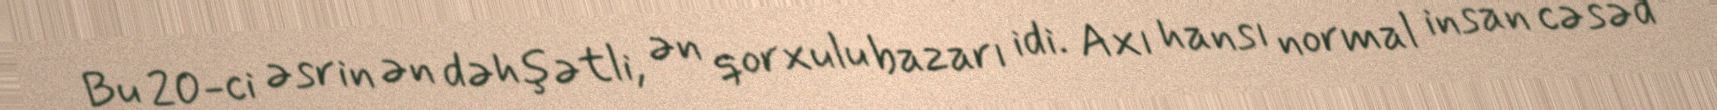
Bu 20-ci əsrin ən dəhşətli, ən qorxulu bazarı idi. Axı hansı normal insan cəsəd